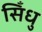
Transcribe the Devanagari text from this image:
सिँधु